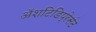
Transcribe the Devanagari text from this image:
अॅशटिडिप्रेसंट